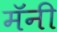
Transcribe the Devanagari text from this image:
मॅनी